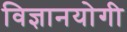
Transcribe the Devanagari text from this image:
विज्ञानयोगी